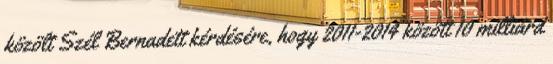
közölt Szél Bernadett kérdésére, hogy 2011-2014 között 10 milliárd